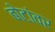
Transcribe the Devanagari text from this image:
बोटांवर